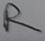
Text: R